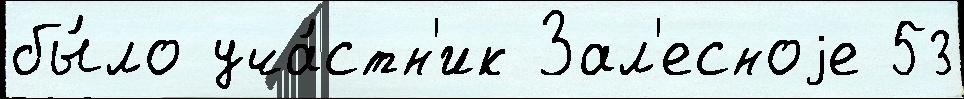
бы́ло уча́стн'ик Зал'есноjе 53